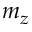
m _ { z }